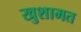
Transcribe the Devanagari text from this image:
खुशामत